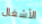
الأشغال